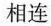
相连